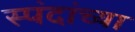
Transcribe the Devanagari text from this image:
स्पंदांच्या